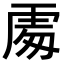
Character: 𠁅